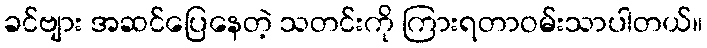
ခင်ဗျား အဆင်ပြေနေတဲ့ သတင်းကို ကြားရတာဝမ်းသာပါတယ်။